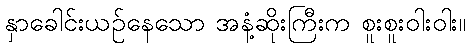
နှာခေါင်းယဉ်နေသော အနံ့ဆိုးကြီးက စူးစူးဝါးဝါး။